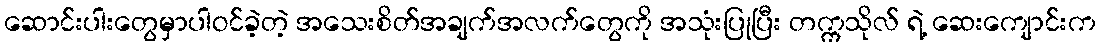
ဆောင်းပါးတွေမှာပါဝင်ခဲ့တဲ့ အသေးစိတ်အချက်အလက်တွေကို အသုံးပြုပြီး တက္ကသိုလ် ရဲ့ ဆေးကျောင်းက